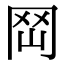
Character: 𡶬